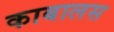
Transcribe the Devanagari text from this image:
काबालस